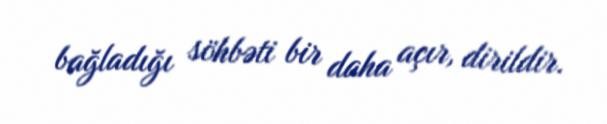
bağladığı söhbəti bir daha açır, dirildir.